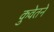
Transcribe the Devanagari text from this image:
कुवेतने